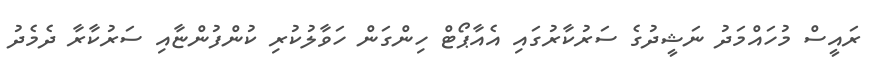
ރައީސް މުހައްމަދު ނަޝީދުގެ ސަރުކާރުގައި އެއާޕޯޓް ހިންގަން ހަވާލުކުރި ކުންފުންޏާއި ސަރުކާރާ ދެމެދު